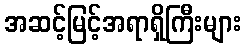
အဆင့်မြင့်အရာရှိကြီးများ